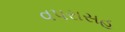
વપરાસહ